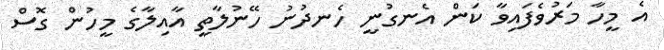
އެ މީހާ މަރުވެފައިވާ ކަން އެނގުނީ ހެނދުނު ހޭނުލާތީ އާއިލާގެ މީހުން ގޮސް